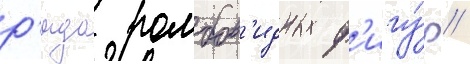
р'яда ромбов'идных ф'игу́р /